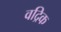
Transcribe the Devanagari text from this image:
वद्रिक